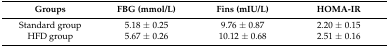
<table><thead><tr><td><b>Groups</b></td><td><b>FBG (mmol/L)</b></td><td><b>Fins (mIU/L)</b></td><td><b>HOMA-IR</b></td></tr></thead><tbody><tr><td>Standard group</td><td>5.18 ± 0.25</td><td>9.76 ± 0.87</td><td>2.20 ± 0.15</td></tr><tr><td>HFD group</td><td>5.67 ± 0.26</td><td>10.12 ± 0.68</td><td>2.51 ± 0.16</td></tr></tbody></table>